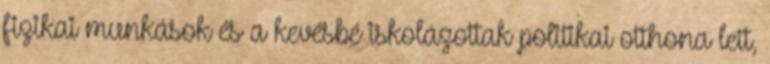
fizikai munkások és a kevésbé iskolázottak politikai otthona lett,